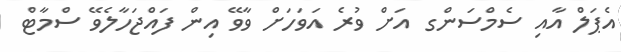
އެޕަލް އާއި ސެމްސަންގ އަށް ވުރެ އަވަހަށް ވާވޭ އިން ފައްޖަހާލެވޭ ސްމާޓް